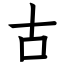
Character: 古